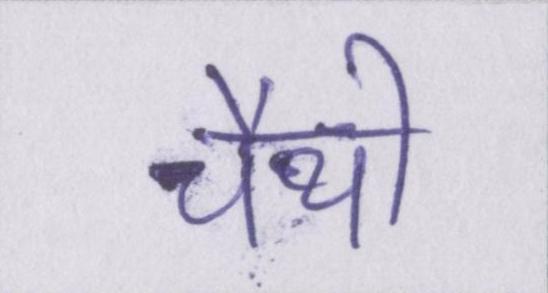
चैथी